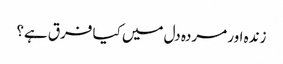
زندہ اور مردہ دل میں کیا فرق ہے؟